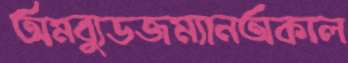
অমব্যুডজম্যানঅকাল